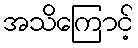
အသိကြောင့်